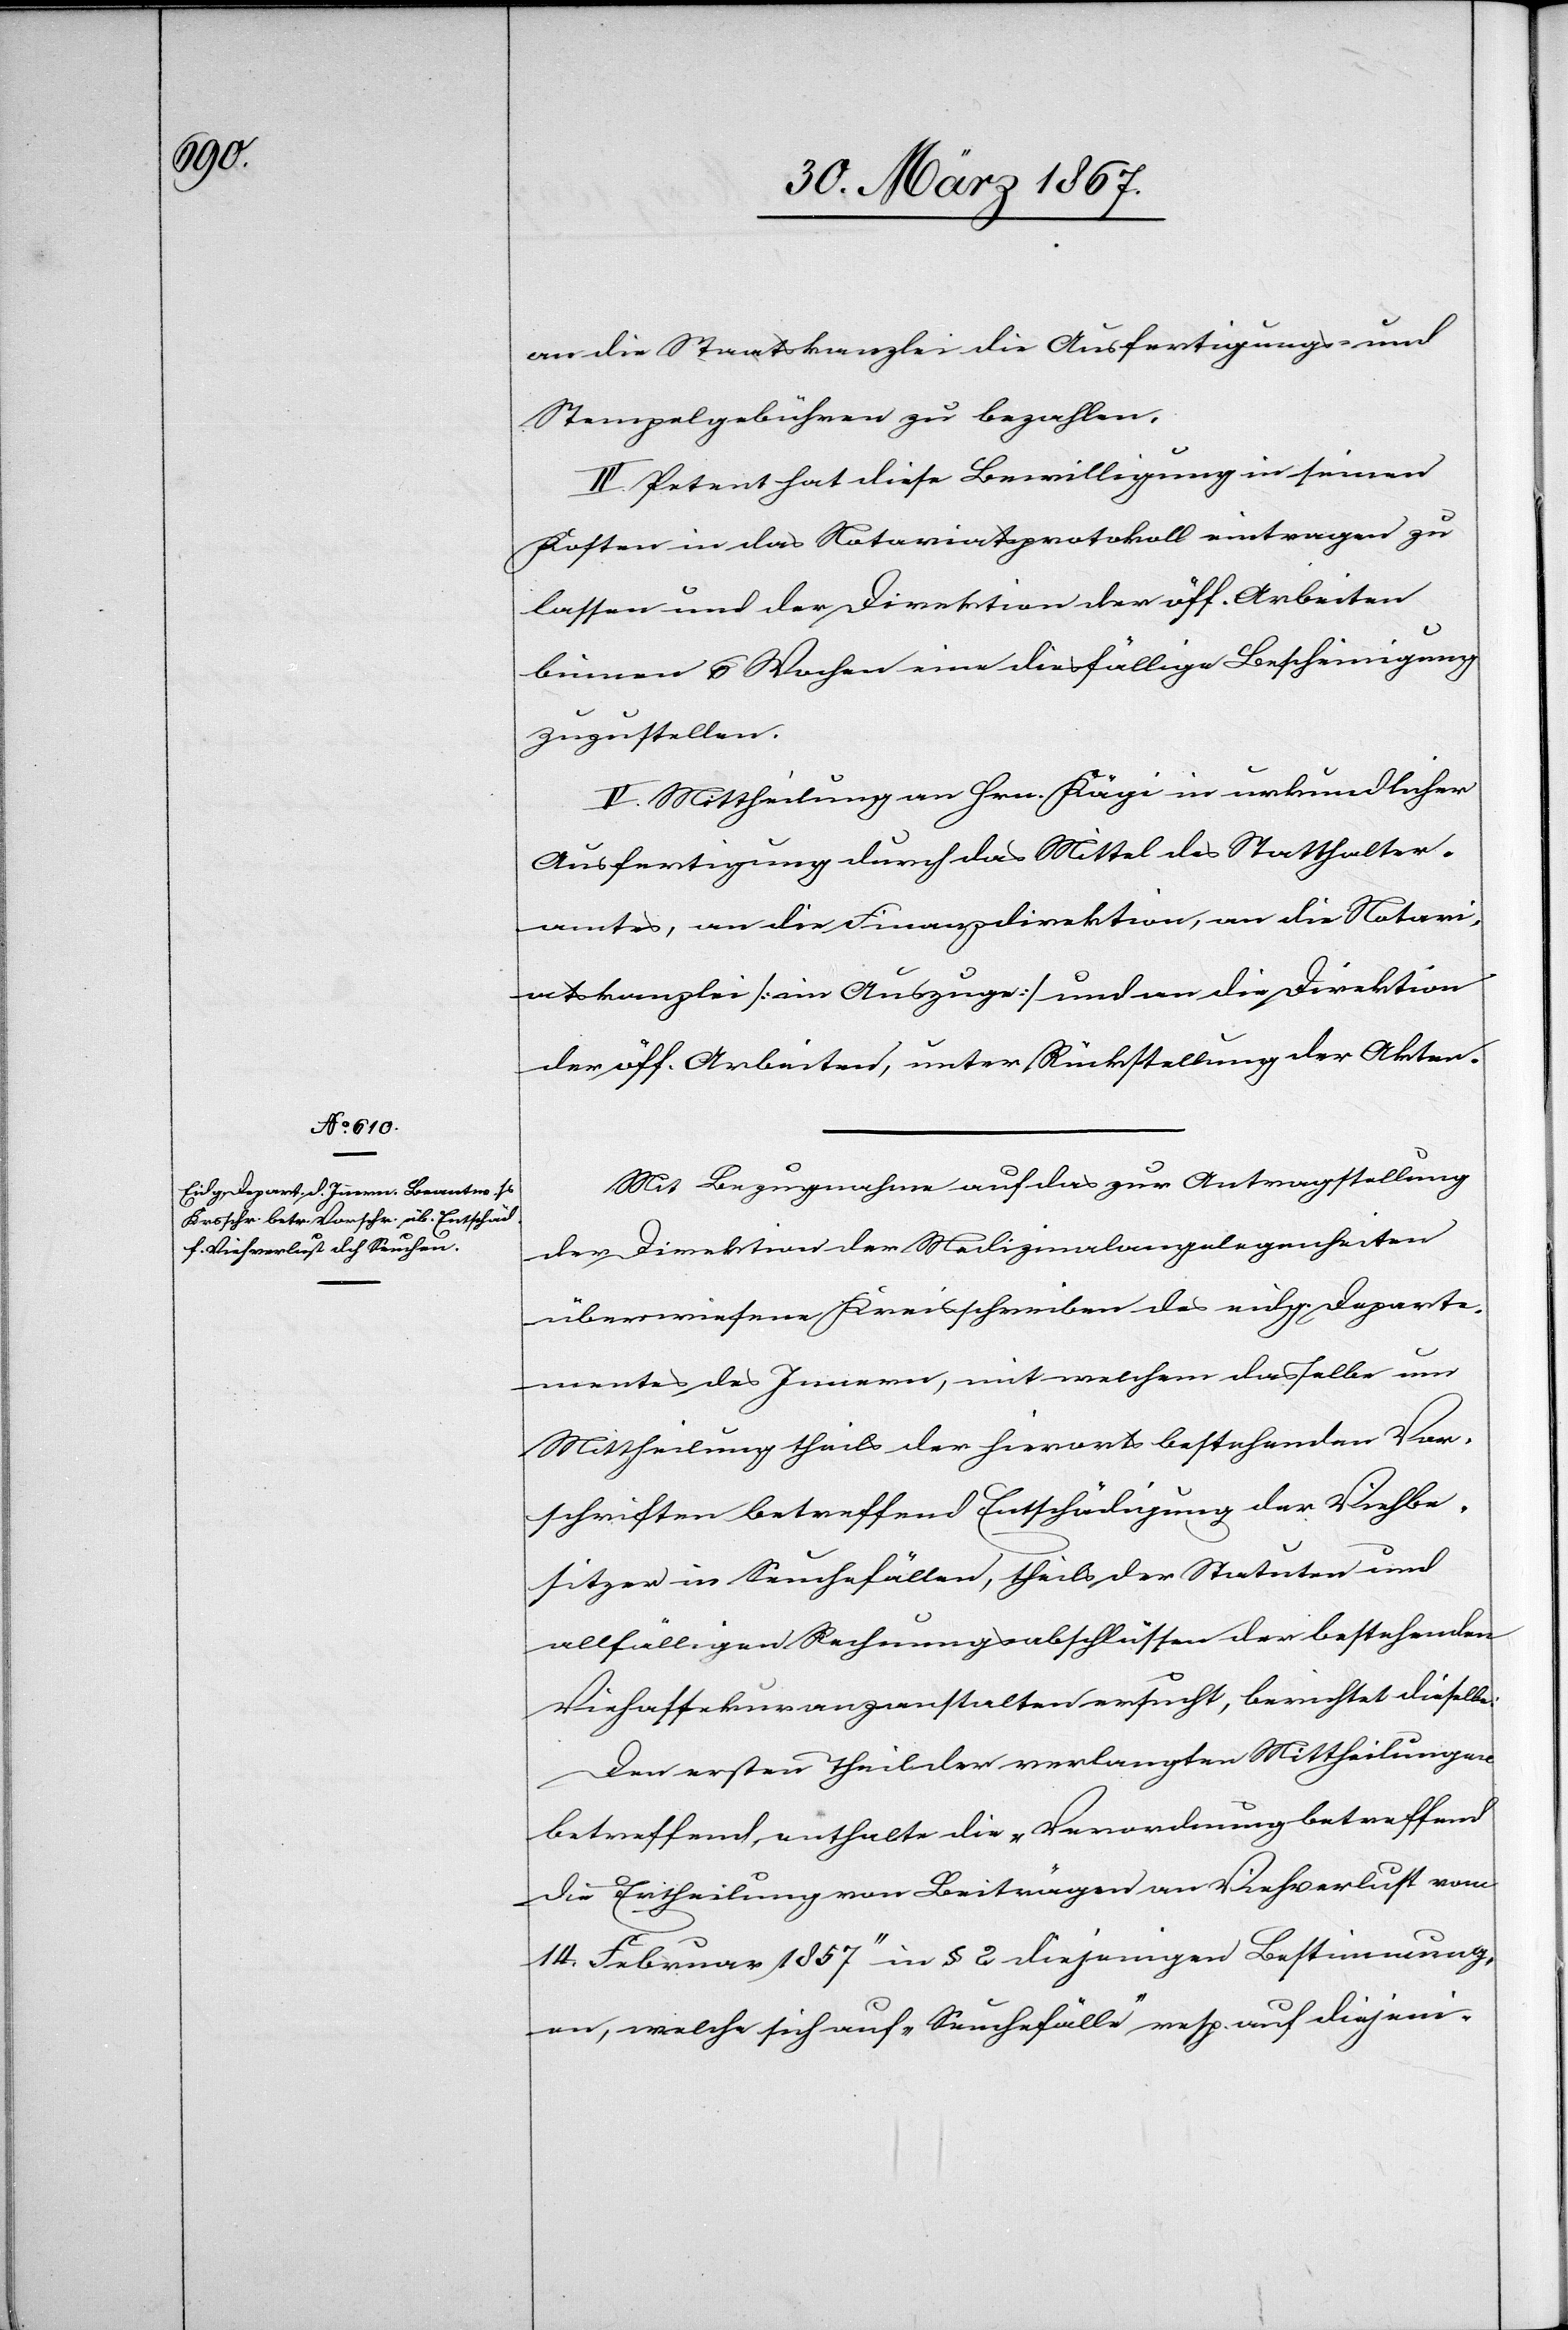
an die Staatskanzlei die Ausfertigungs- und
Stempelgebühren zu bezahlen.
IV. Petent hat diese Bewilligung in seinen
Kosten in das Notariatsprotokoll eintragen zu
lassen und der Direktion der öff. Arbeiten
binnen 6 Wochen eine diesfällige Bescheinigung
zuzustellen.
V. Mittheilung an Hrn. Kägi in urkundlicher
Ausfertigung durch das Mittel des Statthalter¬
amtes, an die Finanzdirektion, an die Notari¬
atskanzlei [im Auszuge] und an die Direktion
der öff. Arbeiten, unter Rückstellung der Akten.
Mit Bezugnahme auf das zur Antragstellung
der Direktion der Medizinalangelegenheiten
überwiesene Kreisschreiben des eidg. Departe¬
mentes des Innern, mit welchem dasselbe um
Mittheilung theils der hierorts bestehenden Vor¬
schriften betreffend Entschädigung der Viehbe¬
sitzer in Seuchenfällen, theils der Statuten und
allfälligen Rechnungsabschlüssen der bestehenden
Viehassekuranzanstalten ersucht, berichtet dieselbe:
Den ersten Theil der verlangten Mittheilungen
betreffend enthalte die „Verordnung betreffend
die Ertheilung von Beiträgen an Viehverlust vom
14. Februar 1857“ in § 2 diejenigen Bestimmung¬
en, welche sich auf „Seuchefälle“ resp. auf diejeni-